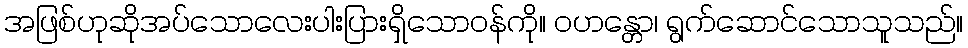
အဖြစ်ဟုဆိုအပ်သောလေးပါးပြားရှိသောဝန်ကို။ ဝဟန္တော၊ ရွက်ဆောင်သောသူသည်။